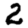
Digit: 2